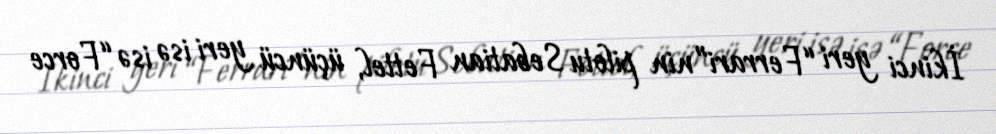
İkinci yeri “Ferrari”nin pilotu Sebatian Fettel, üçüncü yeri isə isə “Force